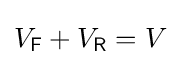
V_{\mathsf {F}}+V_{\mathsf {R}}=V